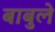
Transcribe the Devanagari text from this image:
बाबुले